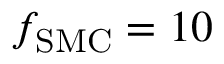
f _ { \mathrm { S M C } } = 1 0